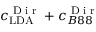
c _ { \mathrm { L D A } } ^ { \textnormal { D i r } } + c _ { B 8 8 } ^ { \textnormal { D i r } }